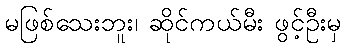
မဖြစ်သေးဘူး၊ ဆိုင်ကယ်မီး ဖွင့်ဦးမှ